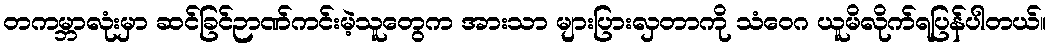
တကမ္ဘာလုံးမှာ ဆင်ခြင်ဉာဏ်ကင်းမဲ့သူတွေက အားသာ များပြားလှတာကို သံဝေဂ ယူမိလိုက်ရပြန်ပါတယ်။